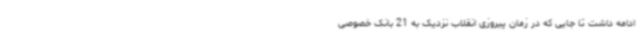
ادامه داشت تا جایی که در زمان پیروزی انقلاب نزدیک به 21 بانک خصوصی